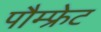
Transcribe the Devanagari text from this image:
पौम्‍फ्रेट